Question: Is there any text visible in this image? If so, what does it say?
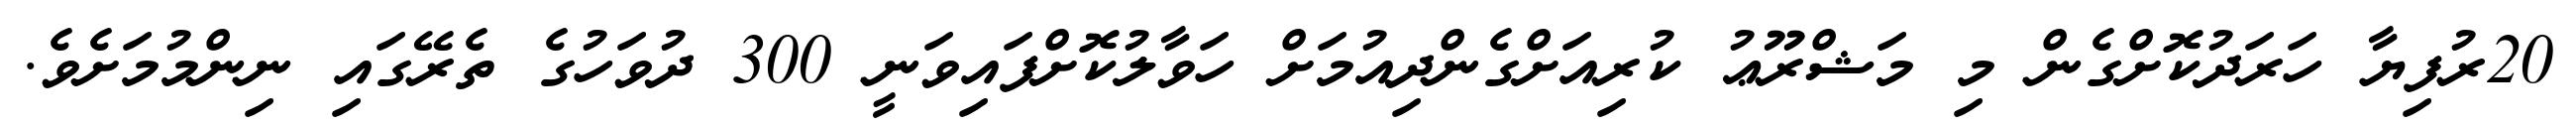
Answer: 20ރުފިޔާ ހަރަދުކޮށްގެން މި މަޝްރޫޢު ކުރިއަށްގެންދިއުމަށް ހަވާލުކޮށްފައިވަނީ 300 ދުވަހުގެ ތެރޭގައި ނިންމުމަށެވެ.